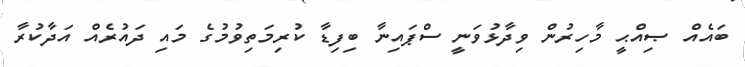
ބައެއް ޞިއްޙީ މާހިރުން ވިދާޅުވަނީ ސްޕައިނާ ބިފިޑާ ކުރިމަތިވުމުގެ މައި ދައުރެއް އަދާކުރާ